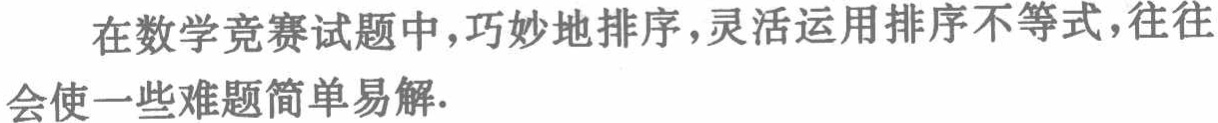
在数学竞赛试题中,巧妙地排序,灵活运用排序不等式,往往会使一些难题简单易解.